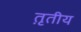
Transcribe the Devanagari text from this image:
त़ृतीय